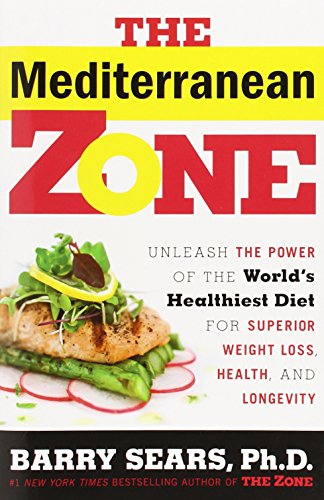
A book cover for The Mediterranean Zone: Unleash the Power of the World's Healthiest Diet for Superior Weight Loss, Health, and Longevity; Dr. Barry Sears; Cookbooks, Food & Wine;